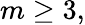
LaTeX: m\geq 3,